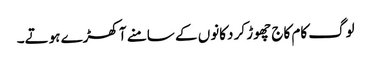
لوگ کام کاج چھوڑ کر دکانوں کے سامنے آ کھڑے ہوتے۔